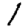
Digit: 1